Bréfritari: Sigríður Pálsdóttir
Viðtakandi: Páll Pálsson
Dagsetning: A-1857-04-26
Skrifað á: Hraungerði  Árn.
Páll var bróðir Sigríðar

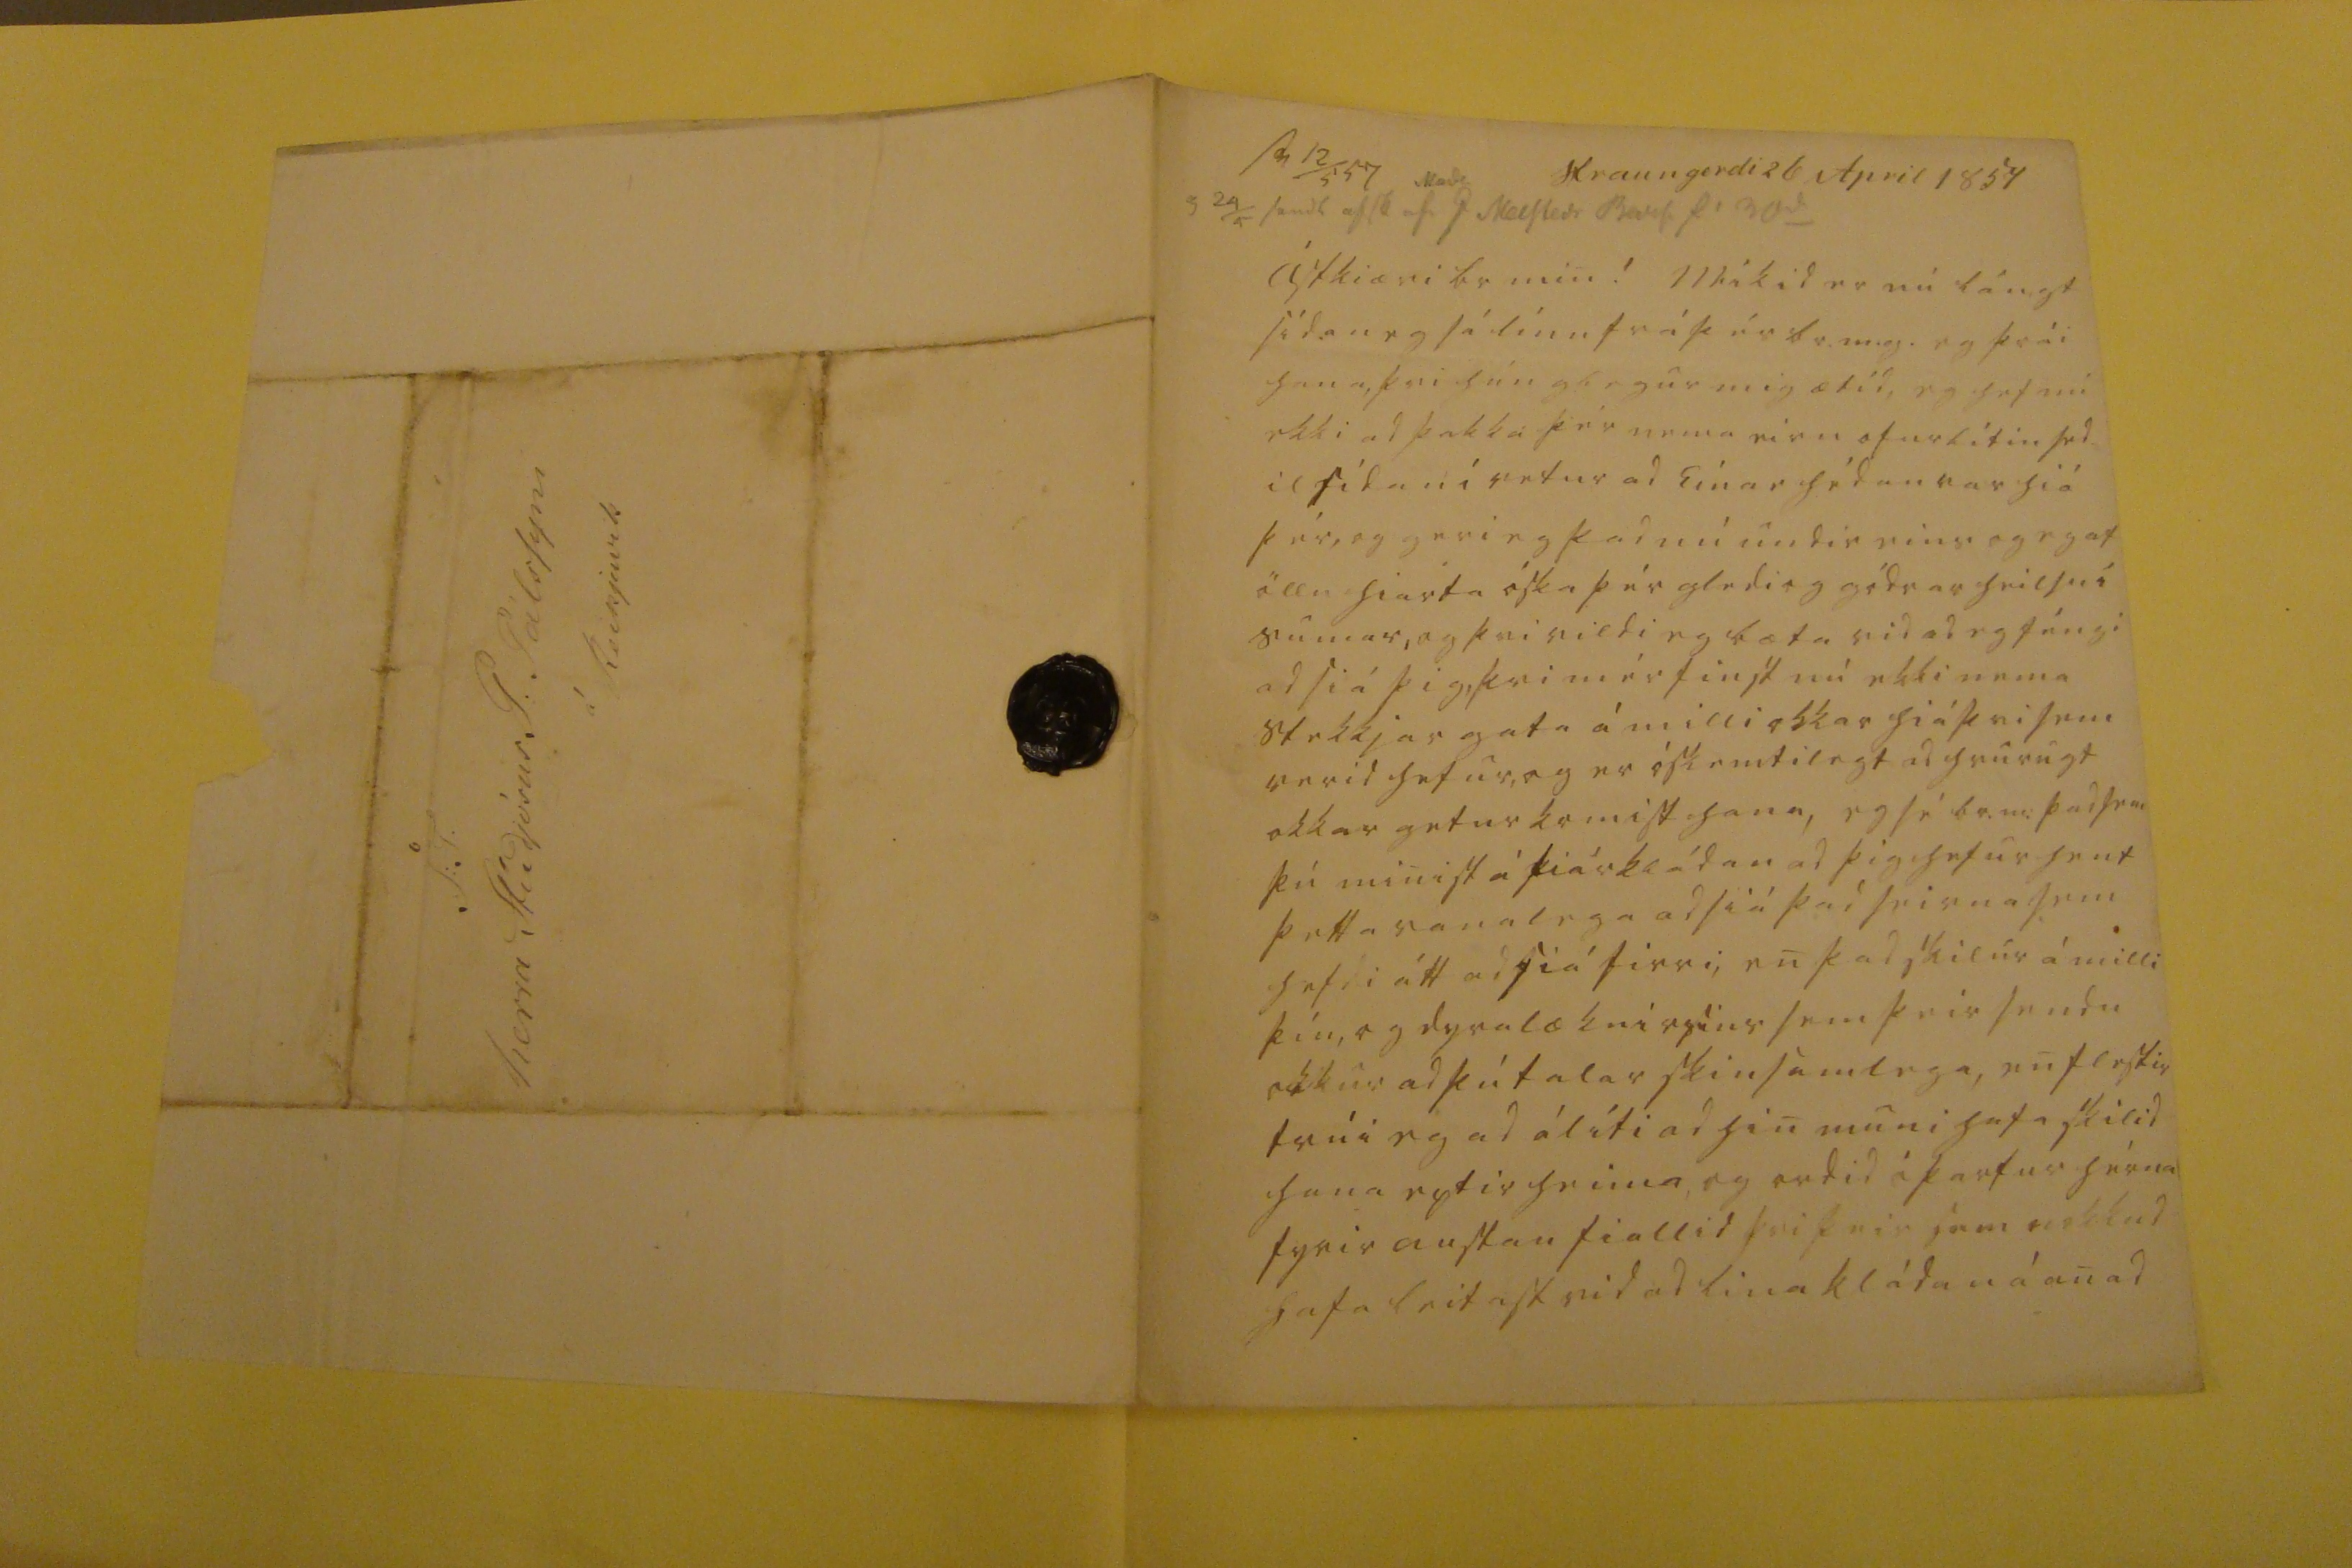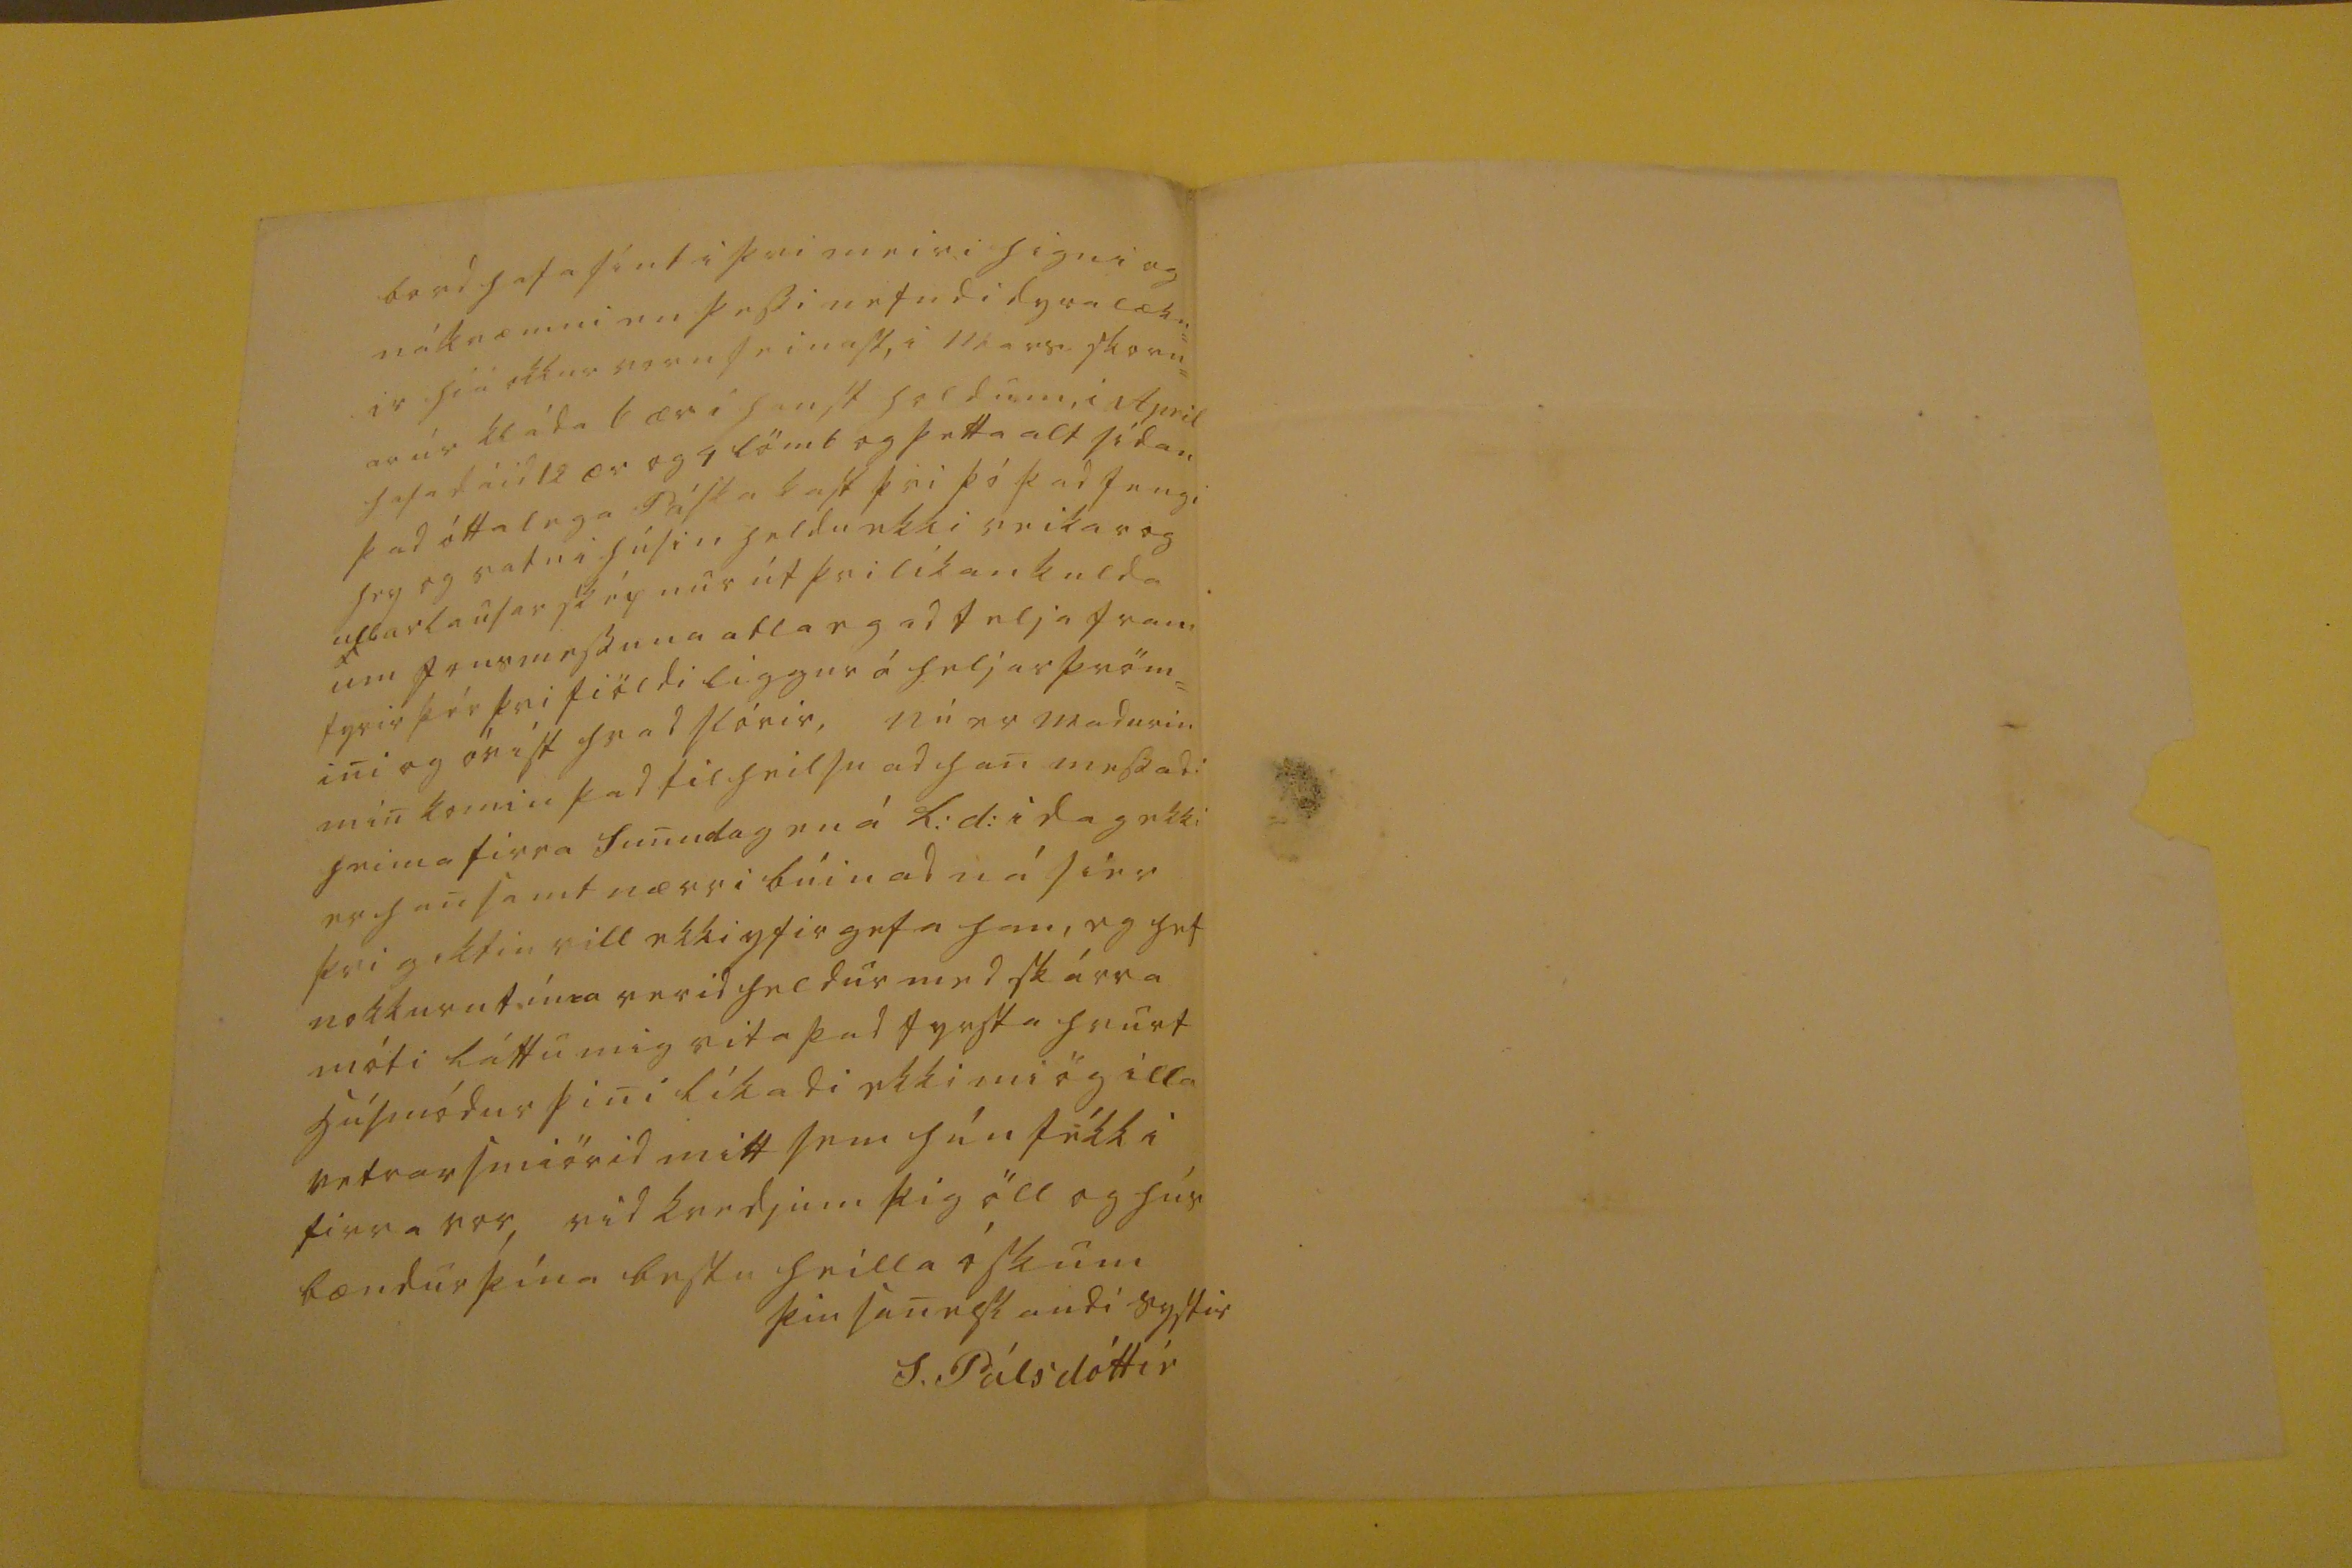

Hraungerdi 26 April 1857
sv 12/5 57 Mad0 5 24/4 sendt as00 af P Melsteds B00f. f. 30
di
Ástkiæri br. min! Mikid er nú lángt sídan eg sá línu frá þér br.m.g. og þrái hana, þvi hún glegur mig ætíd, eg hef nú ekki ad þakka þér nema eirn ofurlítin sed il sídan í vetur ad Einar hédan var hiá þér, og geri eg þad nú undir eins og eg af öllu hiarta óska þér gledi og gódrar heilsu í sumar, og þvi vildi eg bæta vid ad eg féngi ad siá þig, þvi mér finst nú ekki nema stekkjargata á milli okkar hiá þvi sem verid hefur, og er óskemtilegt ad hvurugt okkar getur komist hana, eg sé br.m: þad
sem
þú minist á fiárkládan ad þig hefur hent þetta vanalega ad siá þad seirna sem hefdi átt ad siá firri, en þad skilu á milli þín, og dyralækni
r000r
sem þeir sendu okku ad þú talar skinsamlega, en flestir trúi eg ad álíti ad hin muni hafa skilid hana eptir heima, og ordid óþarfur hérna fyrir austan fiallid þvi þeir
sem
nokkud hafa leitast vid ad lina kládan á anad
bord hafa sínt i þvi meiri
higni
og nákvæmni en þessi nefndi dyralækn= ir hiá okkur voru seinast, i Mars skorn= ar úr kláda 6 ær i haust holdum, i April hafa dáid 12 ær og 4 lömb og þetta alt sidan þad óttalega Páska kast þvi þó þad
fengi heg
og svefn i húsin heldu ekki veikar og ullarlausar sképnur út þvi líkankulda um
Jonsmessuna
atla eg ad telja fram fyrir þér þvi fiöldi liggur á heljarþröm= ini og óvíst hvad slórir, nú er madurin min komin þad til heilsu ad han messadi heima firra sunudag en á
L: d:
i dag ekki er han samt nærri búin ad ná sier þvi giktin vill ekki yfirgefa han, eg hef nokkurn tíma verid heldur med skárra móti Láttu mig vita þad fyrsta hvurt húsmódur þini líkadi ekki miög illa vetrarsmiörid mitt sem hún fékk i firra vor, vid kvedjum þig öll og hús bændur þína bestu heilla ósku
þin sanelskandi systir
S. Pálsdóttír
S: T. herra stúdjósus P. Pálssyni á Reikjavik